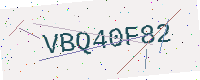
Text: VBQ40F82